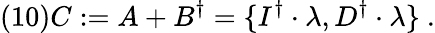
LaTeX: (10)C:=A+B^{\dagger}=\{ I^{\dagger}\cdot\lambda,D^{\dagger}\cdot\lambda\} \ .